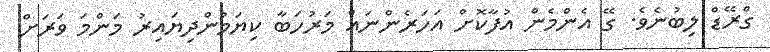
ގްރޭޑް ލިބުނެވެ. ގޭ އެންމެން އުފާކޮށް އަހަރެންނައް މަރުހަބާ ކިޔަމުންދިޔައިރު މަންމަ ވަރަށް